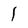
Character: l